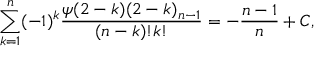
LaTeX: \sum _ { k = 1 } ^ { n } ( - 1 ) ^ { k } \frac { \psi ( 2 - k ) ( 2 - k ) _ { n - 1 } } { ( n - k ) ! k ! } = - \frac { n - 1 } { n } + C ,